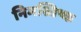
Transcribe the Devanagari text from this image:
निमस्तिष्क